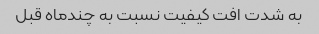
به شدت افت کیفیت نسبت به چندماه قبل